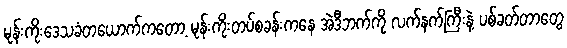
မုန်းကိုးဒေသခံတယောက်ကတော့ မုန်းကိုးတပ်စခန်းကနေ အဲဒီဘက်ကို လက်နက်ကြီးနဲ့ ပစ်ခတ်တာတွေ